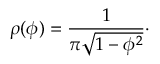
\rho ( \phi ) = { \frac { 1 } { \pi \sqrt { 1 - \phi ^ { 2 } } } } \cdotp